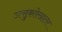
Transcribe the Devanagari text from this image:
उत्सुकतेखातर